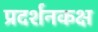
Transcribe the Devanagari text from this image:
प्रदर्शनकक्ष